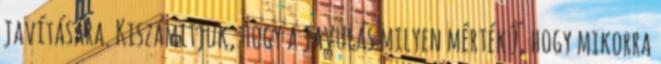
javítására. Kiszámítjuk, hogy a javulás milyen mértékű, hogy mikorra